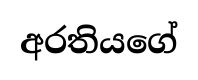
අරතියගේ